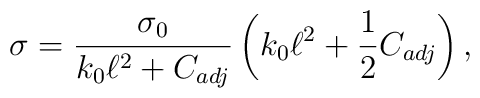
\sigma = \frac{\sigma_{0}}{k_{0} \ell^{2} + C_{adj}} \left( k_{0} \ell^{2}    + \frac{1}{2} C_{adj} \right),